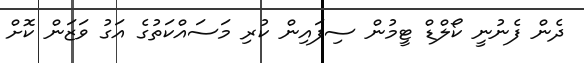
ދެން ފެނުނީ ކޯލްޑް ޓީމުން ސިފައިން ކުރި މަސައްކަތުގެ އަގު ވަޒަން ކޮށް